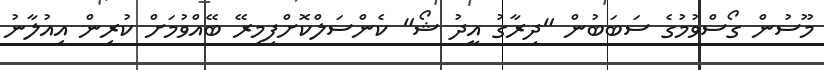
މޫސުން ގޯސްވުމުގެ ސަބަބުން "ދިރާގު އީދު ޝޯ" ކެންސަލްކޮށްފިމިރޭ ބޭއްވުމަށް ކުރިން އިއުލާނު